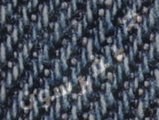
جيفرسون